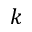
k